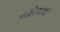
નહોવાથી